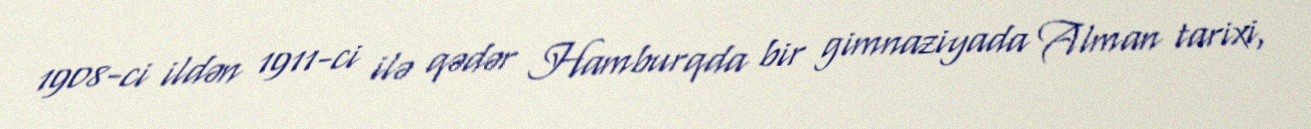
1908-ci ildən 1911-ci ilə qədər Hamburqda bir gimnaziyada Alman tarixi,